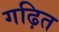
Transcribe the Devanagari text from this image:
गढ़ित